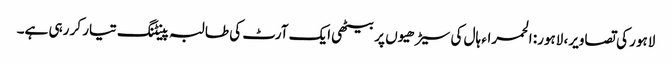
لاہور کی تصاویر، لاہور: الحمراء ہال کی سیڑھیوں پر بیٹھی ایک آرٹ کی طالبہ پینٹنگ تیار کر رہی ہے۔